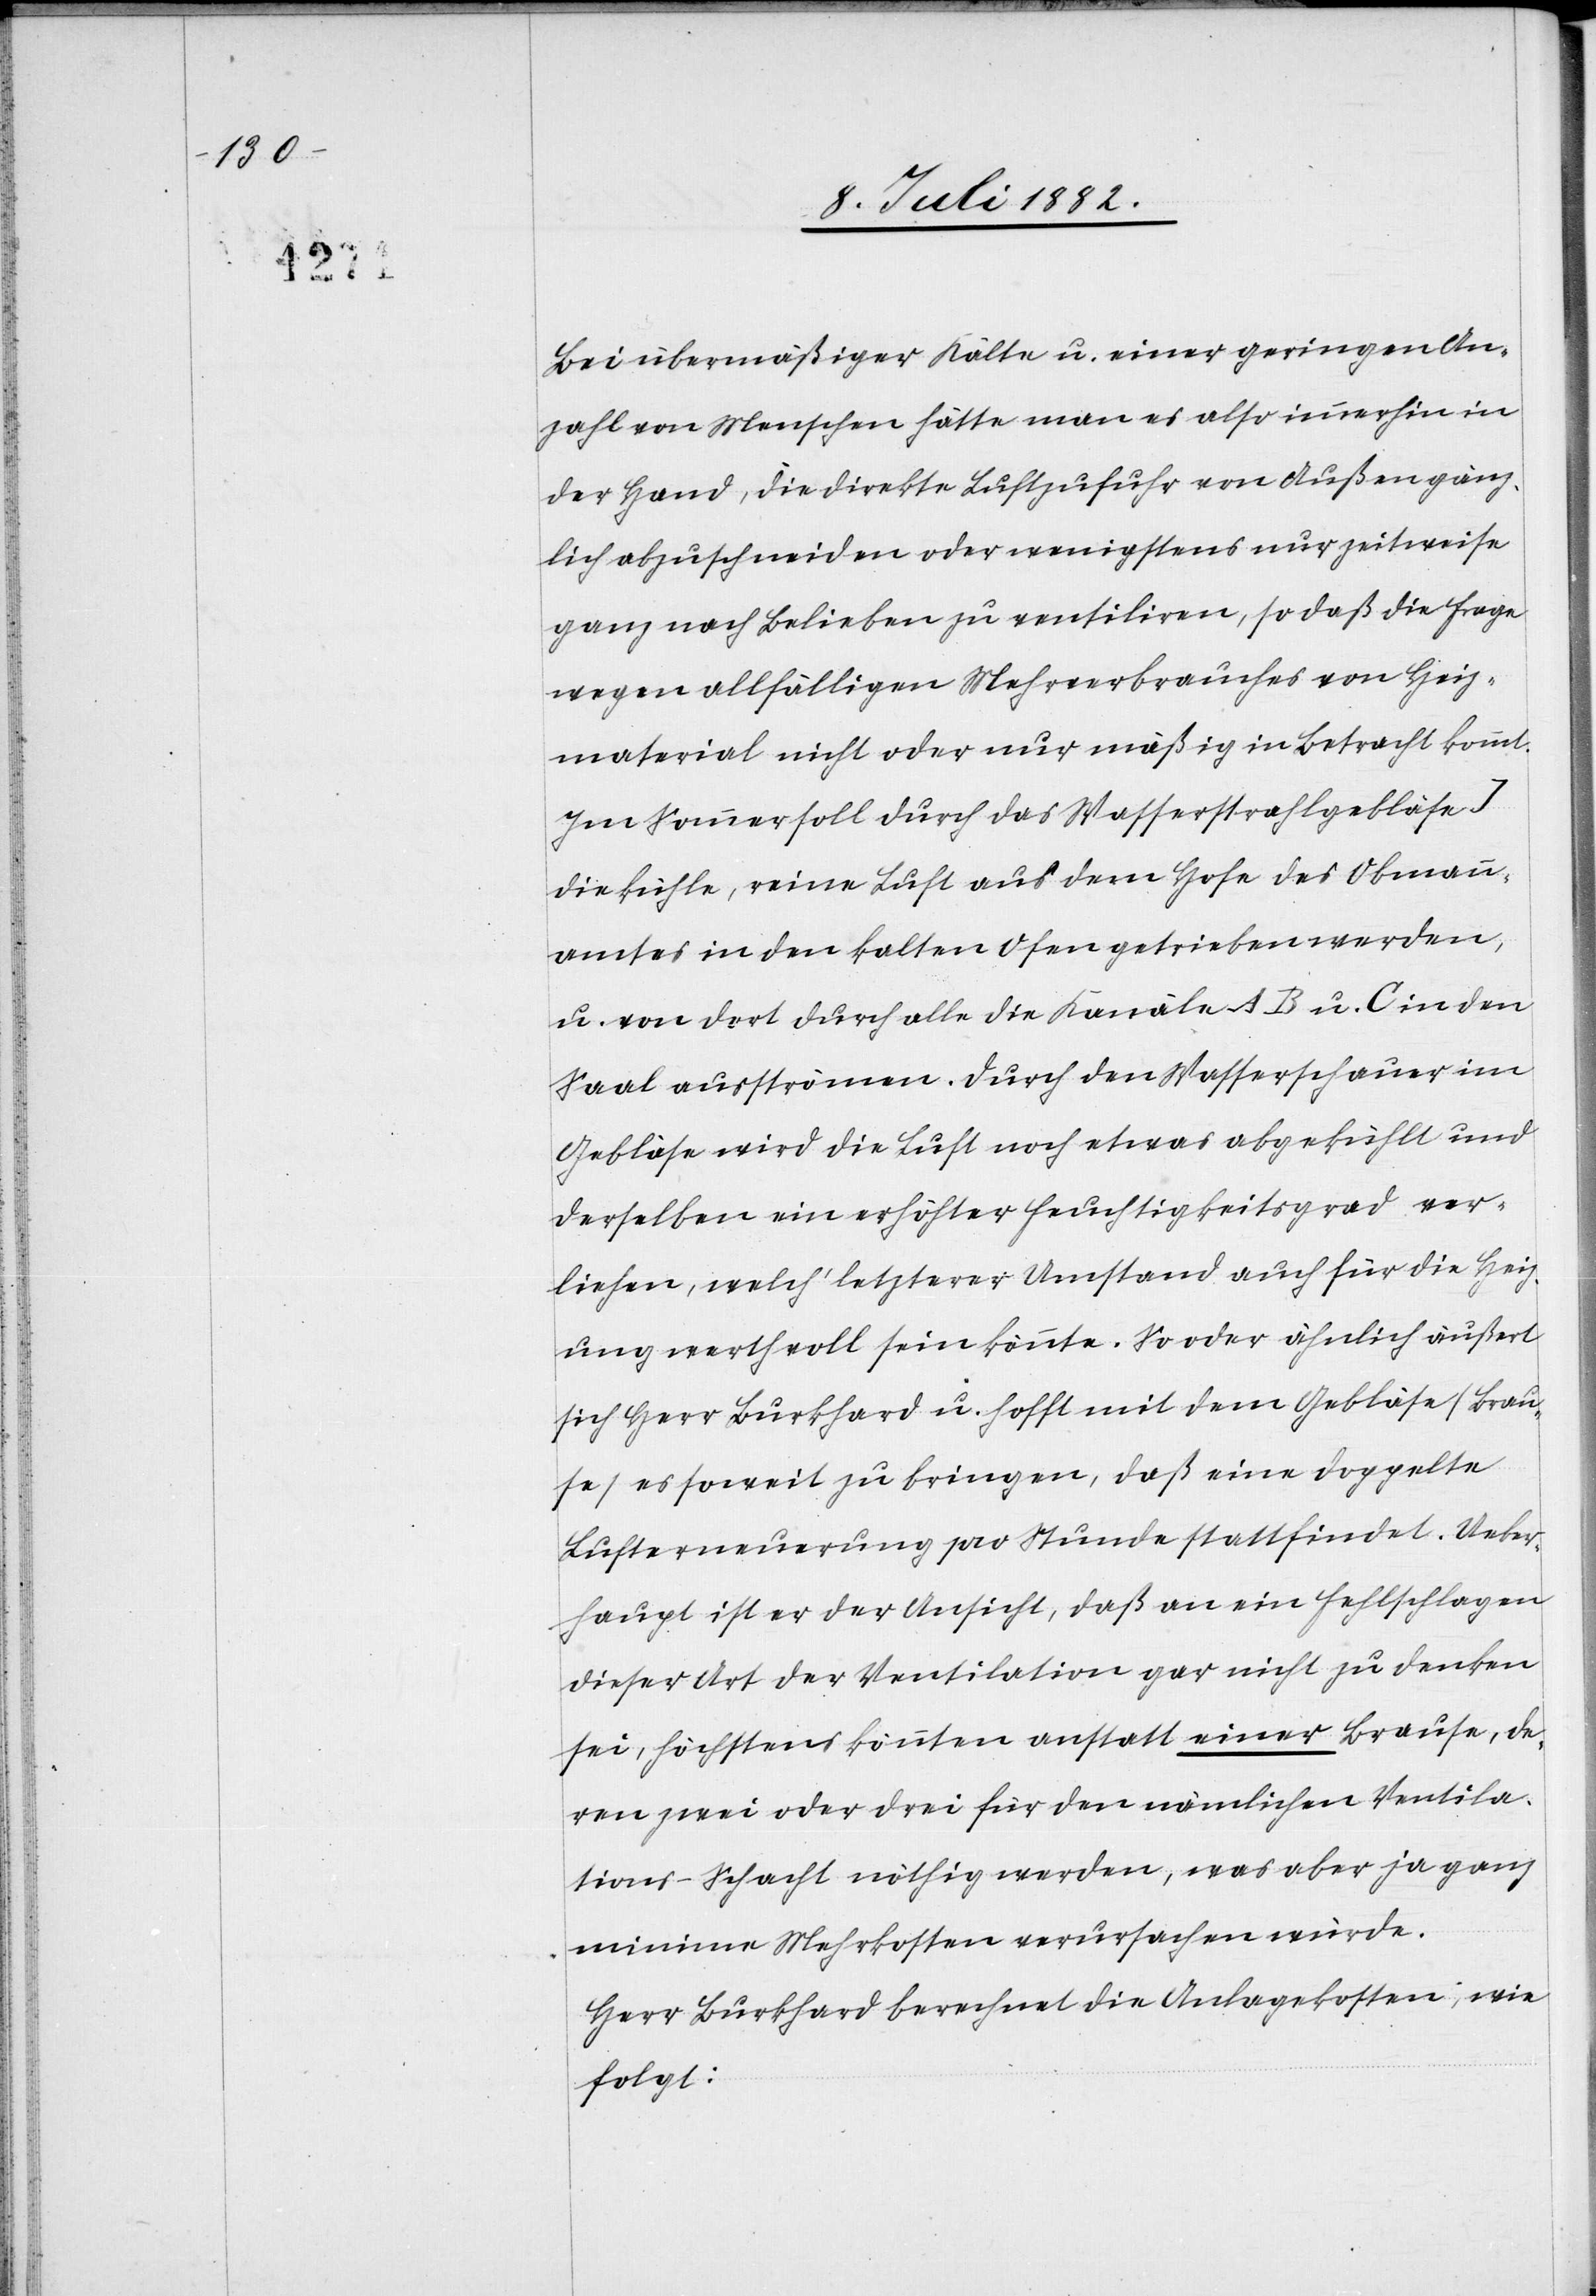
Bei übermäßiger Kälte u. einer geringen An¬
zahl von Menschen hätte man es also immerhin in
der Hand, die direkte Luftzufuhr von Außen gänz¬
lich abzuschneiden oder wenigstens nur zeitweise
ganz nach Belieben zu ventiliren, so daß die Frage
wegen allfälligen Mehrverbrauches von Heiz¬
material nicht oder nur mäßig in Betracht kommt.
Im Sommer soll durch das Wasserstrahlgebläse J
die kühle, reine Luft aus dem Hofe des Obmann¬
amtes in den kalten Ofen getrieben werden,
u. von dort durch alle die Kanäle AB u. C in den
Saal ausströmen. Durch den Wasserschauer im
Gebläse wird die Luft noch etwas abgekühlt und
derselben ein erhöhter Feuchtigkeitsgrad ver¬
liehen, welch‘ letzterer Umstand auch für die Heiz¬
ung werthvoll sein könnte. So oder ähnlich äußert
sich Herr Burkhard u. hofft mit dem Gebläse (Brau¬
se) es soweit zu bringen, daß eine doppelte
Lufterneuerung pro Stunde stattfindet. Ueber¬
haupt ist er der Ansicht, daß an ein Fehlschlagen
dieser Art der Ventilation gar nicht zu denken
sei, höchstens könnten anstatt einer Brause, de¬
ren zwei oder drei für den nämlichen Ventila¬
tions-Schacht nöthig werden, was aber ja ganz
minime Mehrkosten verursachen würde.
Herr Burkhard berechnet die Anlagekosten wie
folgt: